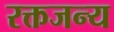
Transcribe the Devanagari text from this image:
रक्तजन्य